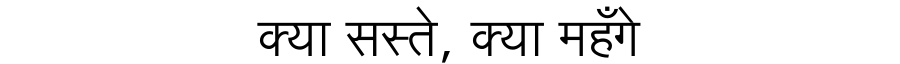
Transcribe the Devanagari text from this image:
क्या सस्ते, क्या महँगे